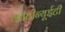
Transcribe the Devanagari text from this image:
काँटीन्यूईटी